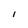
Character: I